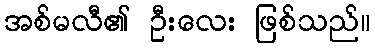
အစ်မလီ၏ ဦးလေး ဖြစ်သည်။